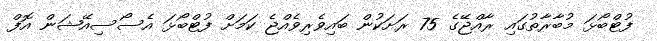
ފުޓްބޯޅަ މުބާރާތުގައި ރާއްޖޭގެ 75 ރަށަކުން ބައިވެރިވެއްޖެ ކަމަށް ފުޓްބޯޅަ އެސޯސިއޭޝަން އޮފް